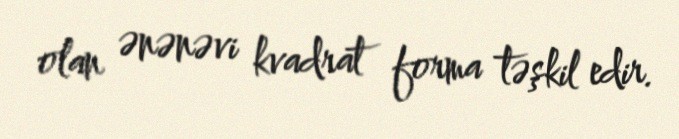
olan ənənəvi kvadrat forma təşkil edir.